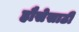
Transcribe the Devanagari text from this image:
हौसेसाठी